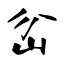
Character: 岔